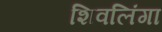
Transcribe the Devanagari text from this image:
शिवलिंगा